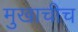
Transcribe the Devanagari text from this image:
मुखाचीच